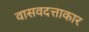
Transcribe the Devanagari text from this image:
वासवदत्ताकार